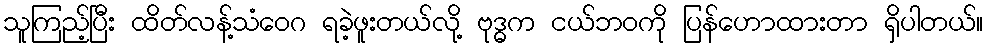
သူကြည့်ပြီး ထိတ်လန့်သံဝေဂ ရခဲ့ဖူးတယ်လို့ ဗုဒ္ဓက ငယ်ဘဝကို ပြန်ဟောထားတာ ရှိပါတယ်။